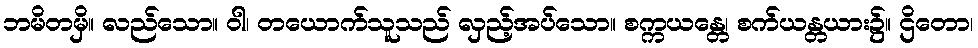
ဘမိတမှိ။ လည်သော။ ဝါ၊ တယောက်သူသည် လှည့်အပ်သော။ စက္ကယန္တေ၊ စက်ယန္တယား၌။ ဌိတော၊